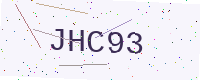
Text: JHC93